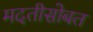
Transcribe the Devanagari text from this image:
मदतीसोबत